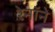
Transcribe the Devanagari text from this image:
रेनॉने